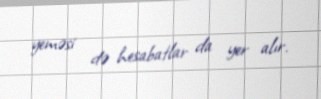
yeməsi də hesabatlar da yer alır.